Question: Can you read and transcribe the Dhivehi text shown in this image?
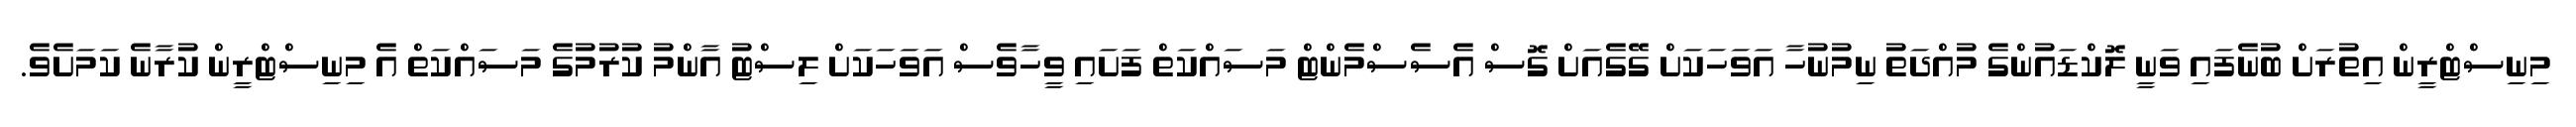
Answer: މިނިސްޓްރީން އިތުރަށް ބުނެފައި ވަނީ ލޮކްޑައުންގެ މުއްދަތު ނިމުނުހާ އަވަހަކަށް ގޭގެއަށް ގޮސް އެސެސްމެންޓް މަސައްކަތް ފަށައި ވީހާވެސް އަވަހަކަށް ލިސްޓު އާންމު ކުރުމުގެ މަސައްކަތް އެ މިނިސްޓްރީން ކުރާނެ ކަމަށެވެ.